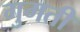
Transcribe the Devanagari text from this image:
गुमती